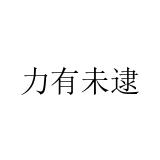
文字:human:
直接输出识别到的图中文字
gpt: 力有未逮